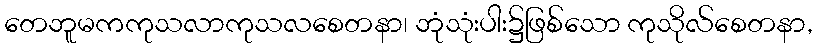
တေဘူမကကုသလာကုသလစေတနာ၊ ဘုံသုံးပါး၌ဖြစ်သော ကုသိုလ်စေတနာ,